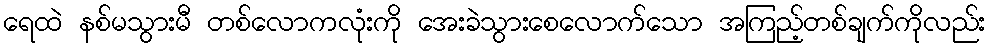
ရေထဲ နစ်မသွားမီ တစ်လောကလုံးကို အေးခဲသွားစေလောက်သော အကြည့်တစ်ချက်ကိုလည်း